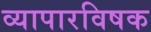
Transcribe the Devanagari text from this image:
व्यापारविषक